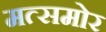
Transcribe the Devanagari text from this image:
मत्समोर